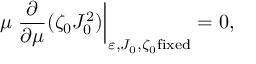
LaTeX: \mu \left. \frac { \partial } { \partial \mu } ( \zeta _ { 0 } J _ { 0 } ^ { 2 } ) \right| _ { \varepsilon , J _ { 0 } , \zeta _ { 0 } \mathrm { f i x e d } } = 0 ,